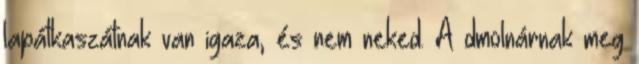
lapátkaszátnak van igaza, és nem neked. A dmolnárnak meg